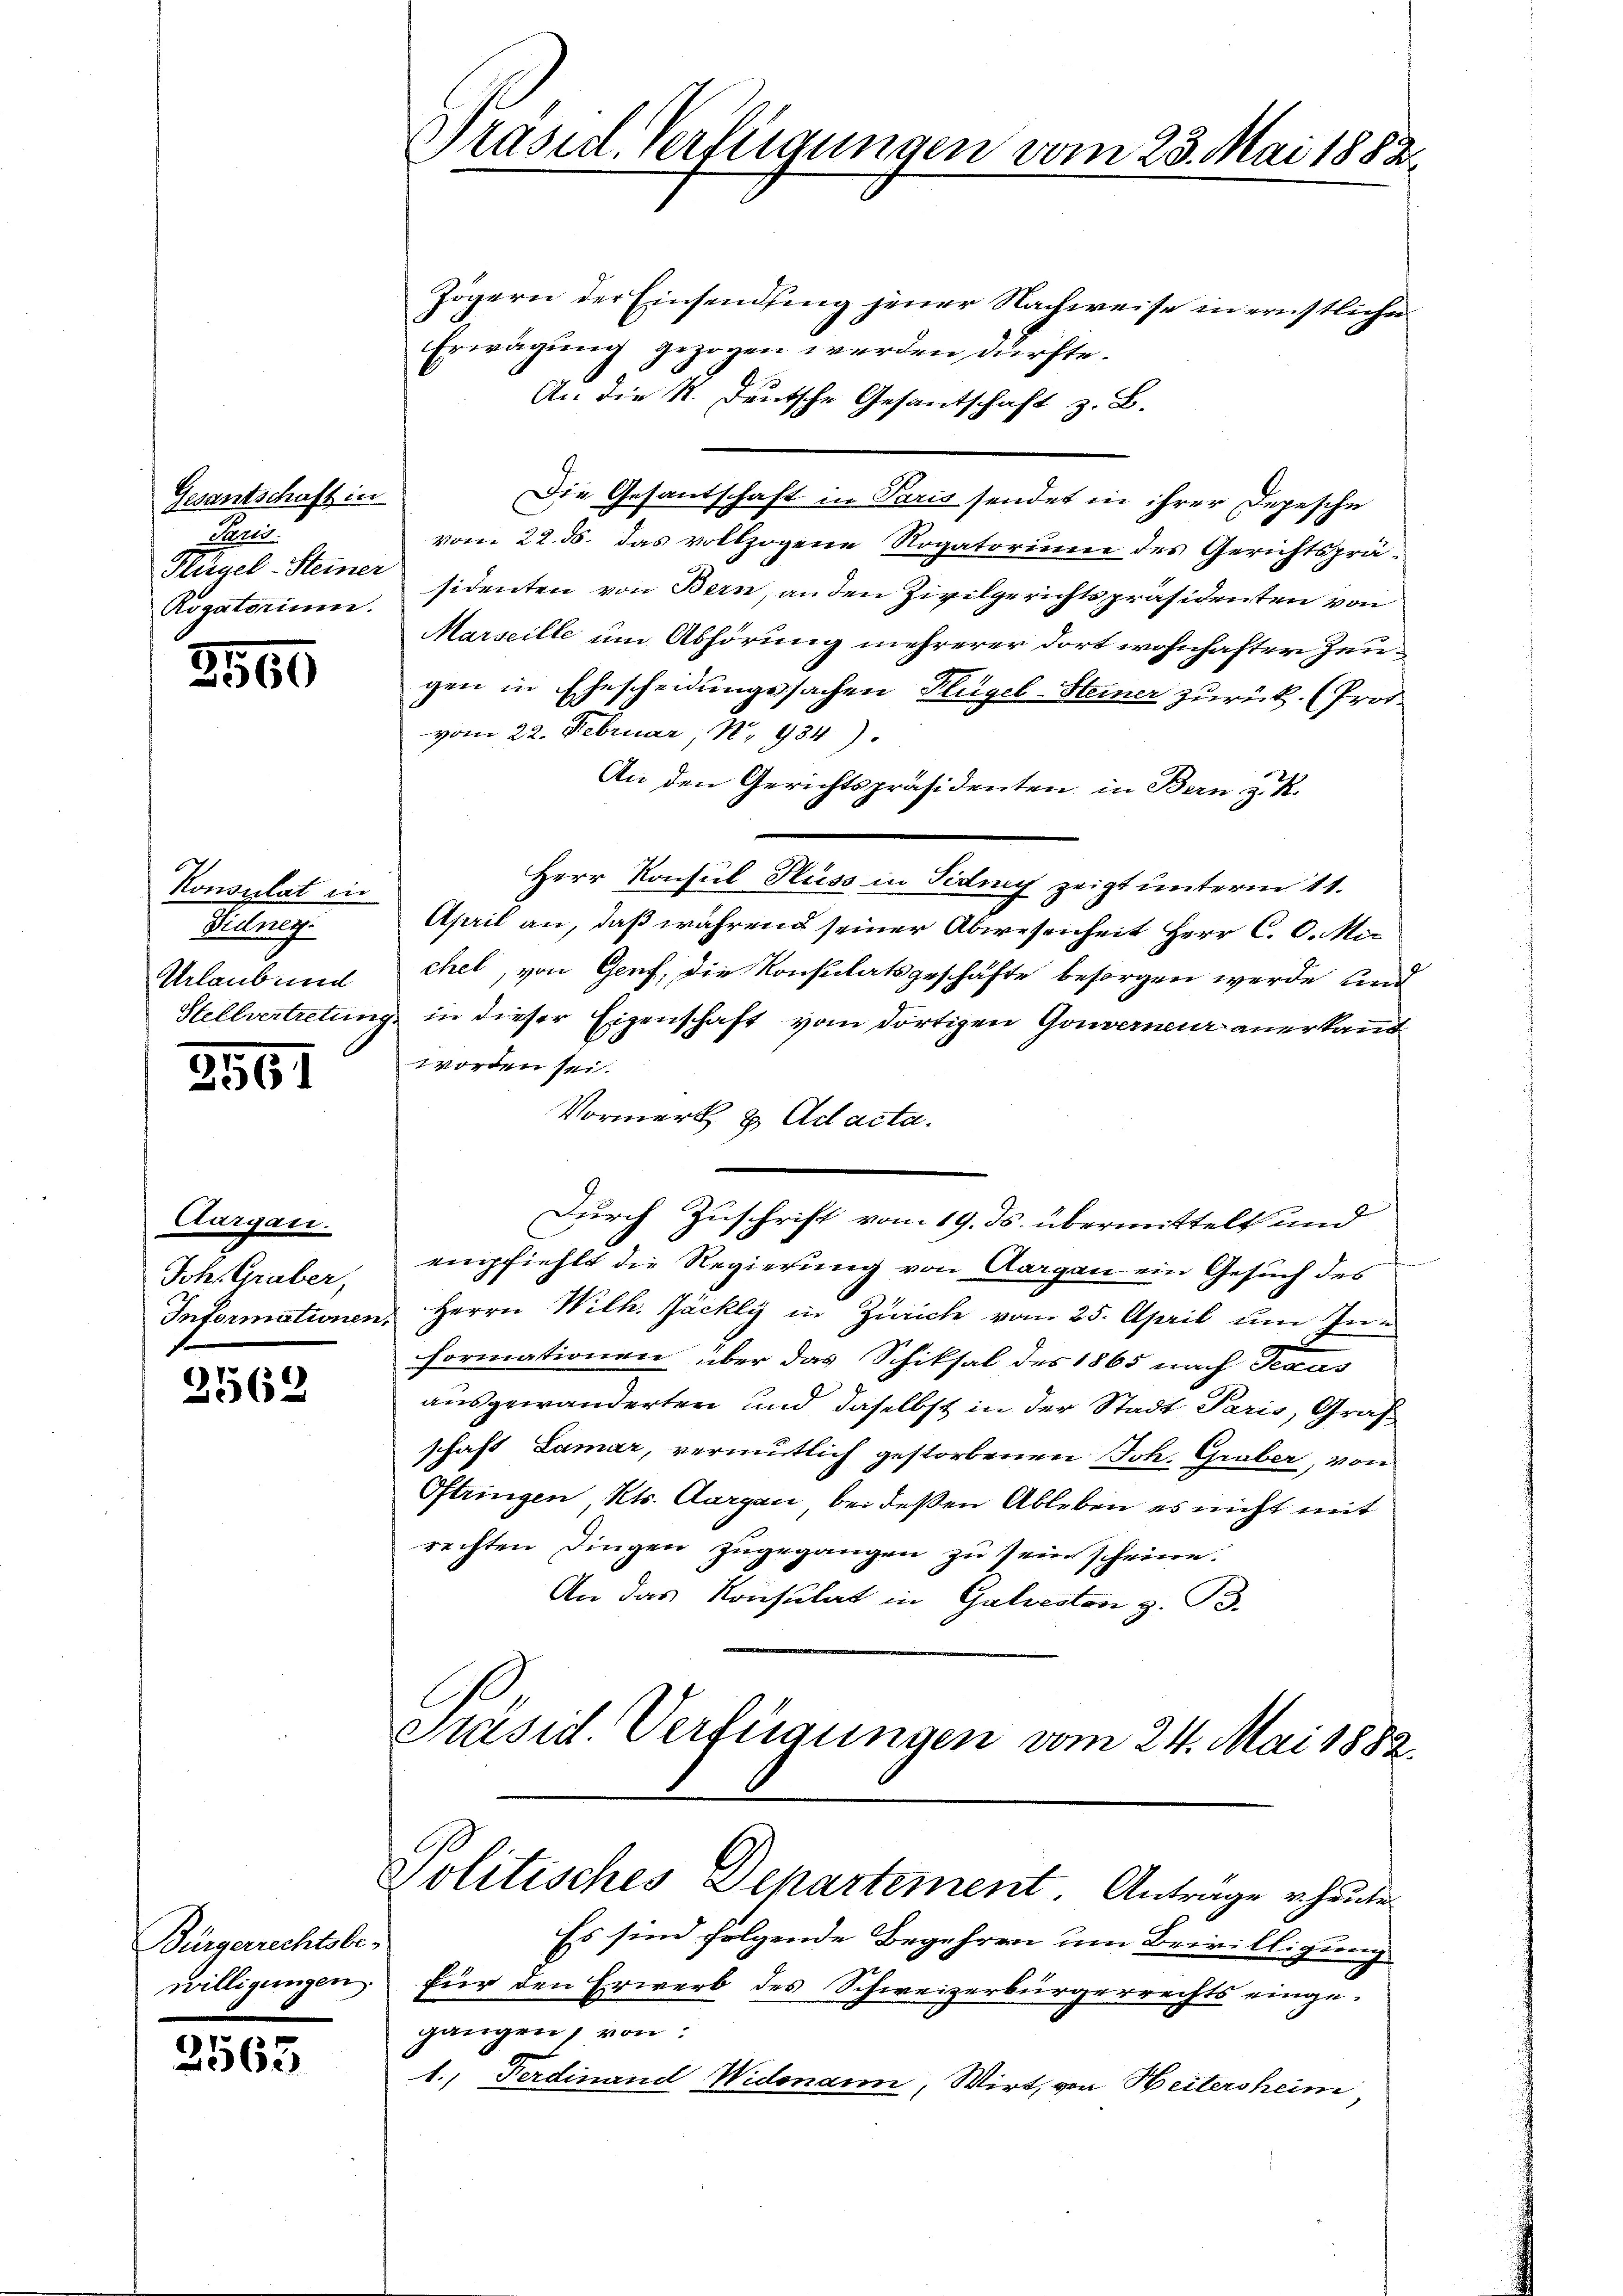
Gesantschaft in
Pens
Rogatorium.

3569

Konsulat in
Vidney.
Urlaub und

2561

Aargau.
Joh. Gruber,

2562

Bürgerrechtsbewilligungen.

2563

Zögern der Einsendung jener Nachweise in ernstliche
Erwägung gezogen werden dürfte.
An die K. Deutsche Gesantschaft z. B.
Die Gesantschaft in Paris sendet in ihrer Depesche
vom 22. ds. das vollzogene Rogatorium des Gerichtsprä¬
Hügel-Steiner sidenten von Bern, an den Zivilgerichtspräsidenten von
Marseille um Abhörung mehrerer dort wohnhafter Zeugen in Ehescheidungssachen Hügel-Steiner zurück. (Prot.
vom 22. Februar, No 934).
An den Gerichtspräsidenten in Bern z. K.
Herr Konsul Huss in Fidung zeigt unterm 11.
April an, daß während seiner Abwesenheit Herr C. C. Michel, von Genf, die Konsulatsgeschäfte besorgen werde und
Stellvertretung in dieser Eigenschaft vom dortigen Gouverneur anerkannt
worden sei.
Vormerk & Adacta.
Durch Zuschrift vom 19. ds. übermittelt und
empfiehlt die Regierung von Aargau ein Gesuch des
Informationen Herrn Wilh. Jäckly in Zürich vom 25. April um Informationen über das Schiksal des 1865 nach Teaus
ausgewanderten und daselbst in der Stadt Paris, Graf
schaft Lamar, vermutlich gestorbenen Joh. Gruber, von
Oftringen Kts. Aargau bei deßen Ableben es nicht mit
rechten Dingen zugegangen zu sein schriere.
An das Konsulat in Galvesten z. B.
Präsid. Verfügungen vom 24. Mai 1882.

Politisches Departement. Antrage heute

Präsid. Verfügungen vom 23. Mai 1882.

Es sind folgende Begehren um Bewilligung
für den Erwerb des Schweizerbürgerrechts eingegangen, von:
1. Ferdinand Widmann, Wirt, von Heitersheim